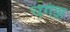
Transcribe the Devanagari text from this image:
चंगेझ